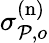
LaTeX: \sigma_{\mathcal{P},o}^{(\mathrm{n})}